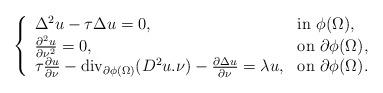
LaTeX: \begin{align*}\left\{\begin{array}{ll}\Delta^2u-\tau\Delta u=0, & {\rm in\ } \phi(\Omega),\\\frac{\partial^2u}{\partial\nu^2}=0, & {\rm on\ }\partial\phi(\Omega),\\\tau\frac{\partial u}{\partial\nu}-\mathrm{div}_{\partial\phi(\Omega)}(D^2u.\nu)-\frac{\partial\Delta u}{\partial\nu}=\lambda u,&{\rm on\ }\partial\phi(\Omega).\end{array}\right.\end{align*}